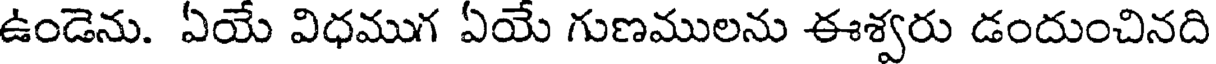
ఉండెను. ఏయే విధముగ ఏయే గుణములను ఈశ్వరు డందుంచినది